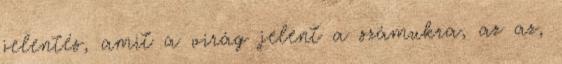
jelentés, amit a virág jelent a számukra, az az,